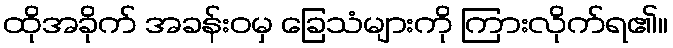
ထိုအခိုက် အခန်းဝမှ ခြေသံများကို ကြားလိုက်ရ၏။